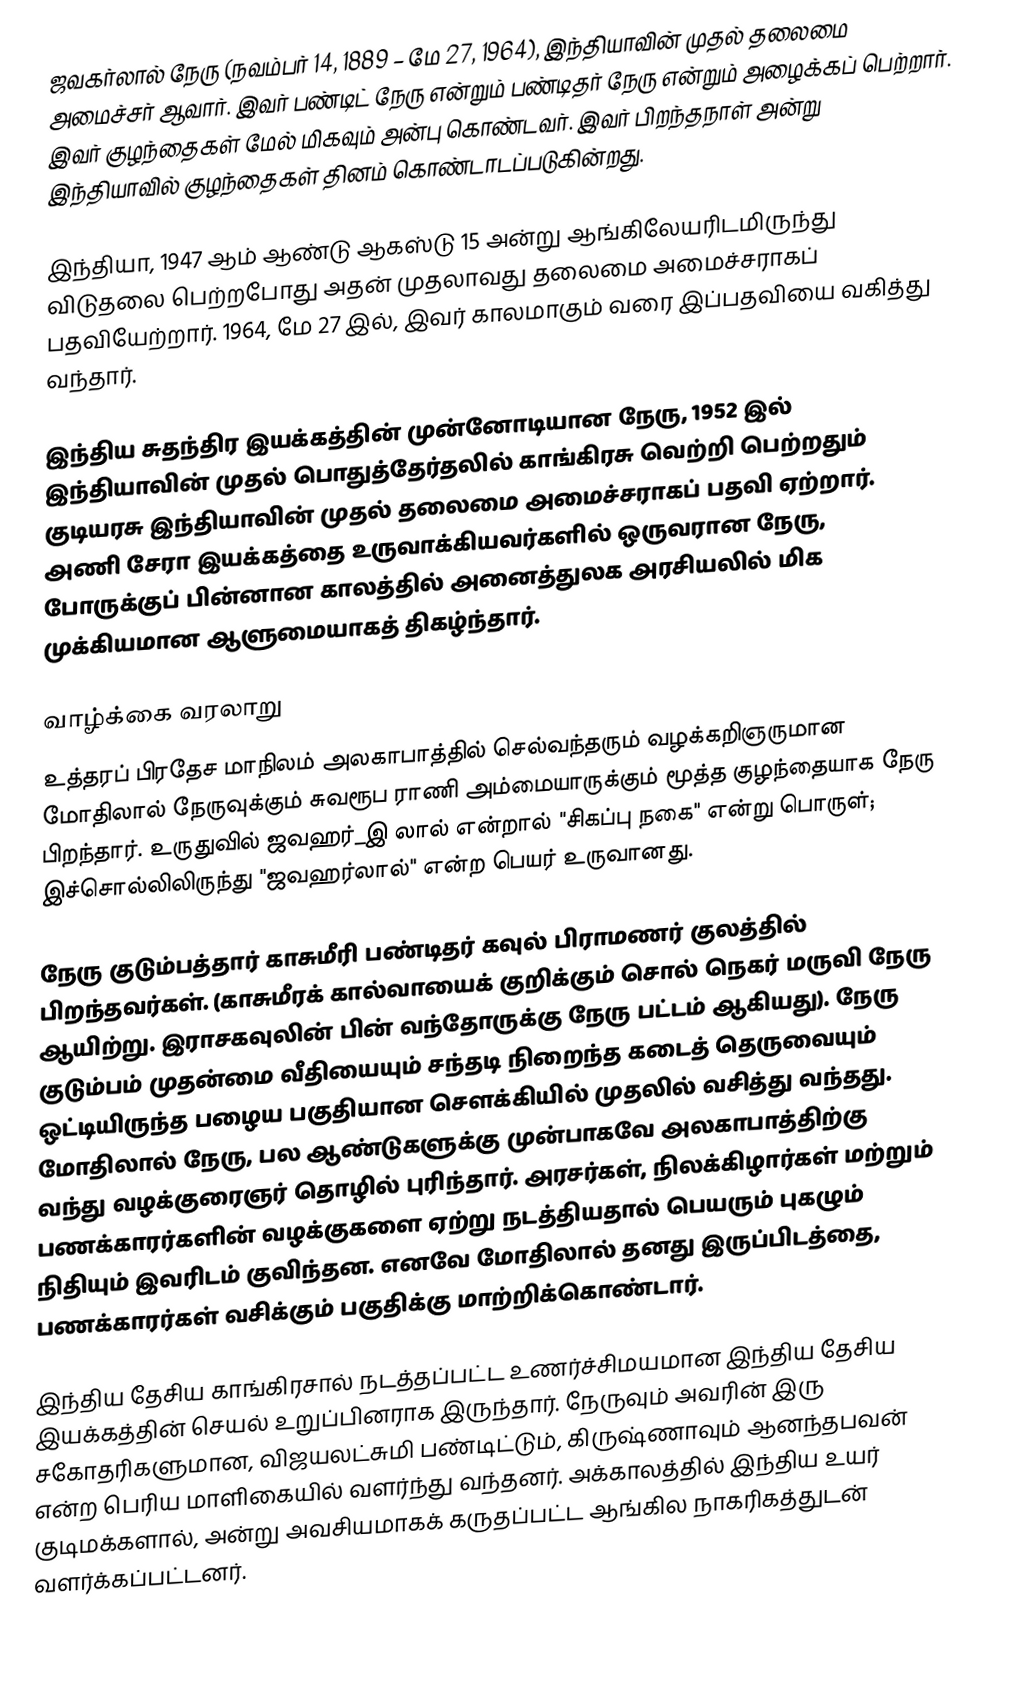
ஜவகர்லால் நேரு (நவம்பர் 14, 1889 – மே 27, 1964), இந்தியாவின் முதல் தலைமை அமைச்சர் ஆவார். இவர் பண்டிட் நேரு என்றும் பண்டிதர் நேரு என்றும் அழைக்கப் பெற்றார். இவர் குழந்தைகள் மேல் மிகவும் அன்பு கொண்டவர். இவர் பிறந்தநாள் அன்று இந்தியாவில் குழந்தைகள் தினம் கொண்டாடப்படுகின்றது.

இந்தியா, 1947 ஆம் ஆண்டு ஆகஸ்டு 15 அன்று ஆங்கிலேயரிடமிருந்து விடுதலை பெற்றபோது அதன் முதலாவது தலைமை அமைச்சராகப் பதவியேற்றார். 1964, மே 27 இல், இவர் காலமாகும் வரை இப்பதவியை வகித்து வந்தார்.

இந்திய சுதந்திர இயக்கத்தின் முன்னோடியான நேரு, 1952 இல் இந்தியாவின் முதல் பொதுத்தேர்தலில் காங்கிரசு வெற்றி பெற்றதும் குடியரசு இந்தியாவின் முதல் தலைமை அமைச்சராகப் பதவி ஏற்றார். அணி சேரா இயக்கத்தை உருவாக்கியவர்களில் ஒருவரான நேரு, போருக்குப் பின்னான காலத்தில் அனைத்துலக அரசியலில் மிக முக்கியமான ஆளுமையாகத் திகழ்ந்தார்.

வாழ்க்கை வரலாறு
உத்தரப் பிரதேச மாநிலம் அலகாபாத்தில் செல்வந்தரும் வழக்கறிஞருமான மோதிலால் நேருவுக்கும் சுவரூப ராணி அம்மையாருக்கும் மூத்த குழந்தையாக நேரு பிறந்தார். உருதுவில் ஜவஹர்_இ லால் என்றால் "சிகப்பு நகை" என்று பொருள்; இச்சொல்லிலிருந்து "ஜவஹர்லால்" என்ற பெயர் உருவானது.

நேரு குடும்பத்தார் காசுமீரி பண்டிதர் கவுல் பிராமணர் குலத்தில் பிறந்தவர்கள். (காசுமீரக் கால்வாயைக் குறிக்கும் சொல் நெகர் மருவி நேரு ஆயிற்று. இராசகவுலின் பின் வந்தோருக்கு நேரு பட்டம் ஆகியது). நேரு குடும்பம் முதன்மை வீதியையும் சந்தடி நிறைந்த கடைத் தெருவையும் ஒட்டியிருந்த பழைய பகுதியான சௌக்கியில் முதலில் வசித்து வந்தது. மோதிலால் நேரு, பல ஆண்டுகளுக்கு முன்பாகவே அலகாபாத்திற்கு வந்து வழக்குரைஞர் தொழில் புரிந்தார். அரசர்கள், நிலக்கிழார்கள் மற்றும் பணக்காரர்களின் வழக்குகளை ஏற்று நடத்தியதால் பெயரும் புகழும் நிதியும் இவரிடம் குவிந்தன. எனவே மோதிலால் தனது இருப்பிடத்தை, பணக்காரர்கள் வசிக்கும் பகுதிக்கு மாற்றிக்கொண்டார்.

இந்திய தேசிய காங்கிரசால் நடத்தப்பட்ட உணர்ச்சிமயமான இந்திய தேசிய இயக்கத்தின் செயல் உறுப்பினராக இருந்தார். நேருவும் அவரின் இரு சகோதரிகளுமான, விஜயலட்சுமி பண்டிட்டும், கிருஷ்ணாவும் ஆனந்தபவன் என்ற பெரிய மாளிகையில் வளர்ந்து வந்தனர். அக்காலத்தில் இந்திய உயர் குடிமக்களால், அன்று அவசியமாகக் கருதப்பட்ட ஆங்கில நாகரிகத்துடன் வளர்க்கப்பட்டனர்.